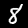
Label: 8